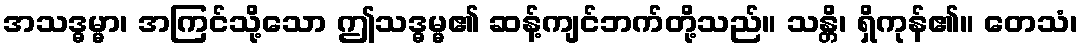
အသဒ္ဓမ္မာ၊ အကြင်သို့သော ဤသဒ္ဓမ္မ၏ ဆန့်ကျင်ဘက်တို့သည်။ သန္တိ၊ ရှိကုန်၏။ တေသံ၊